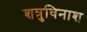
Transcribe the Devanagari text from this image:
शत्रुविनाश